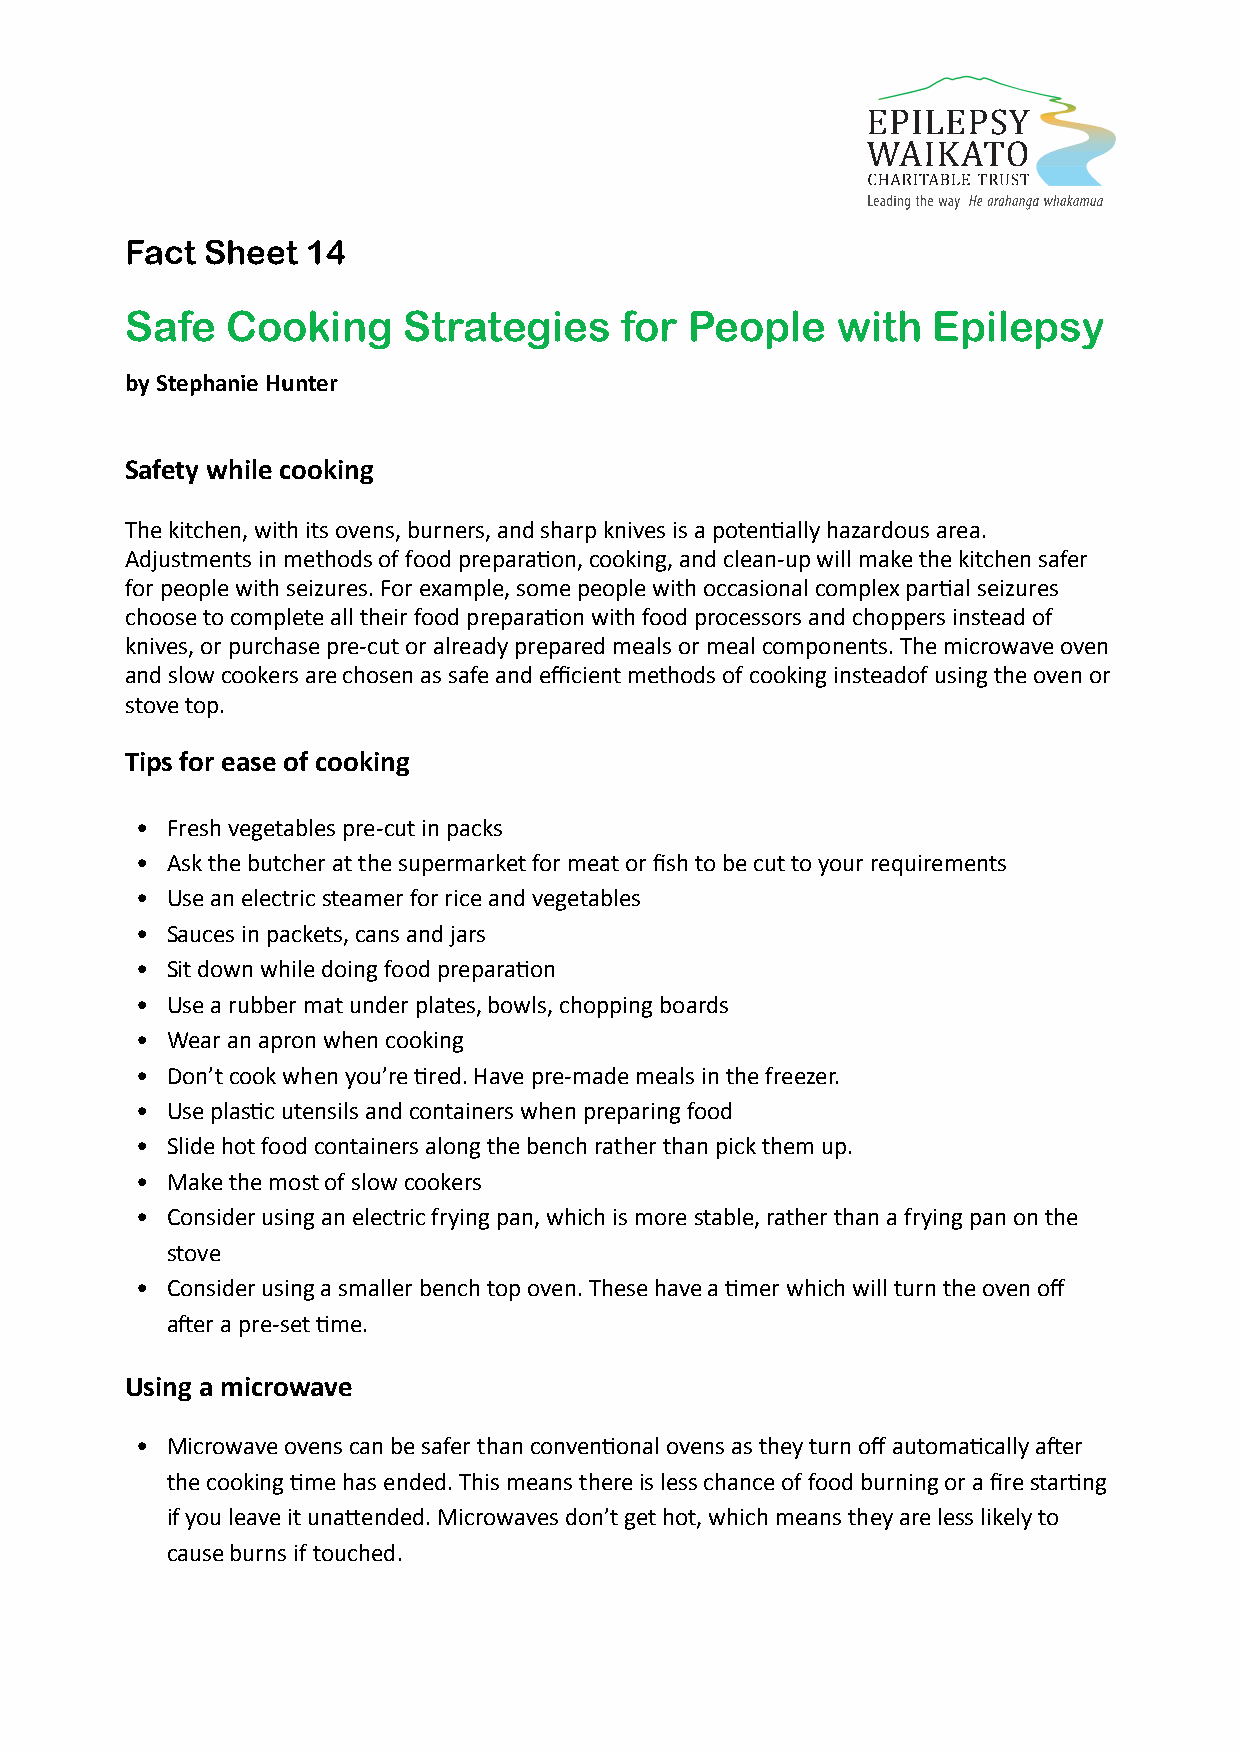
Fact  Sheet 14
 Safe   Cooking     Strategies    for  People   with   Epilepsy
 by Stephanie Hunter
 Safety while cooking
 The kitchen, with its ovens, burners, and sharp knives is a potentially hazardous area.
 Adjustments in methods of food preparation, cooking, and clean-up will make the kitchen safer
 for people with seizures. For example, some people with occasional complex partial seizures
 choose to complete all their food preparation with food processors and choppers instead of
 knives, or purchase pre-cut or already prepared meals or meal components. The microwave oven
 and slow cookers are chosen as safe and efficient methods of cooking insteadof using the oven or
 stove top.
 Tips for ease of cooking
 • Fresh vegetables pre-cut in packs
 • Ask the butcher at the supermarket for meat or fish to be cut to your requirements
 • Use an electric steamer for rice and vegetables
 • Sauces in packets, cans and jars
 • Sit down while doing food preparation
 • Use a rubber mat under plates, bowls, chopping boards
 • Wear an apron when cooking
 • Don’t cook when you’re tired. Have pre-made meals in the freezer.
 • Use plastic utensils and containers when preparing food
 • Slide hot food containers along the bench rather than pick them up.
 • Make the most of slow cookers
 • Consider using an electric frying pan, which is more stable, rather than a frying pan on the
 stove
 • Consider using a smaller bench top oven. These have a timer which will turn the oven off
 after a pre-set time.
 Using a microwave
 • Microwave ovens can be safer than conventional ovens as they turn off automatically after
 the cooking time has ended. This means there is less chance of food burning or a fire starting
 if you leave it unattended. Microwaves don’t get hot, which means they are less likely to
 cause burns if touched.